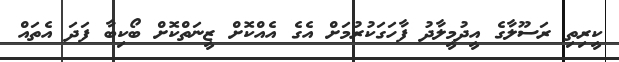
ކީރިތި ރަސޫލާގެ އީދުމީލާދު ފާހަގަކުރުމަށް އެގެ އެއްކޮށް ޒީނަތްކޮށް ބޯކިބާ ފަދަ އެތައް